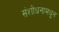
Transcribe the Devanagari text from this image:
संशोधनामधून